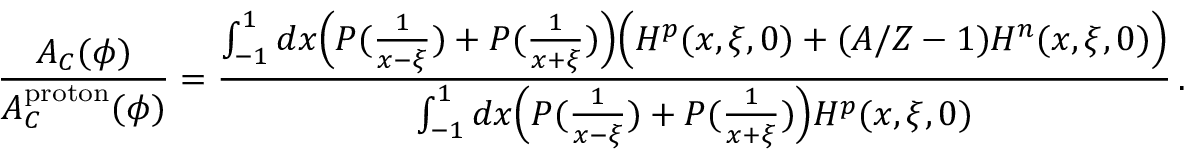
\frac { A _ { C } ( \phi ) } { A _ { C } ^ { \mathrm { p r o t o n } } ( \phi ) } = \frac { \int _ { - 1 } ^ { 1 } d x \Big ( P ( \frac { 1 } { x - \xi } ) + P ( \frac { 1 } { x + \xi } ) \Big ) \Big ( H ^ { p } ( x , \xi , 0 ) + ( A / Z - 1 ) H ^ { n } ( x , \xi , 0 ) \Big ) } { \int _ { - 1 } ^ { 1 } d x \Big ( P ( \frac { 1 } { x - \xi } ) + P ( \frac { 1 } { x + \xi } ) \Big ) H ^ { p } ( x , \xi , 0 ) } \, .